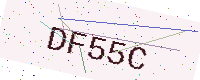
Text: DF55C